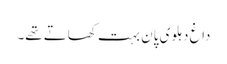
داغ دہلوی پان بہت کھاتے تھے۔